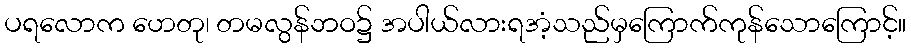
ပရလောက ဟေတု၊ တမလွန်ဘဝ၌ အပါယ်လားရအံ့သည်မှကြောက်ကုန်သောကြောင့်။